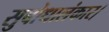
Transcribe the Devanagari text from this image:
सुबोधालंकार।